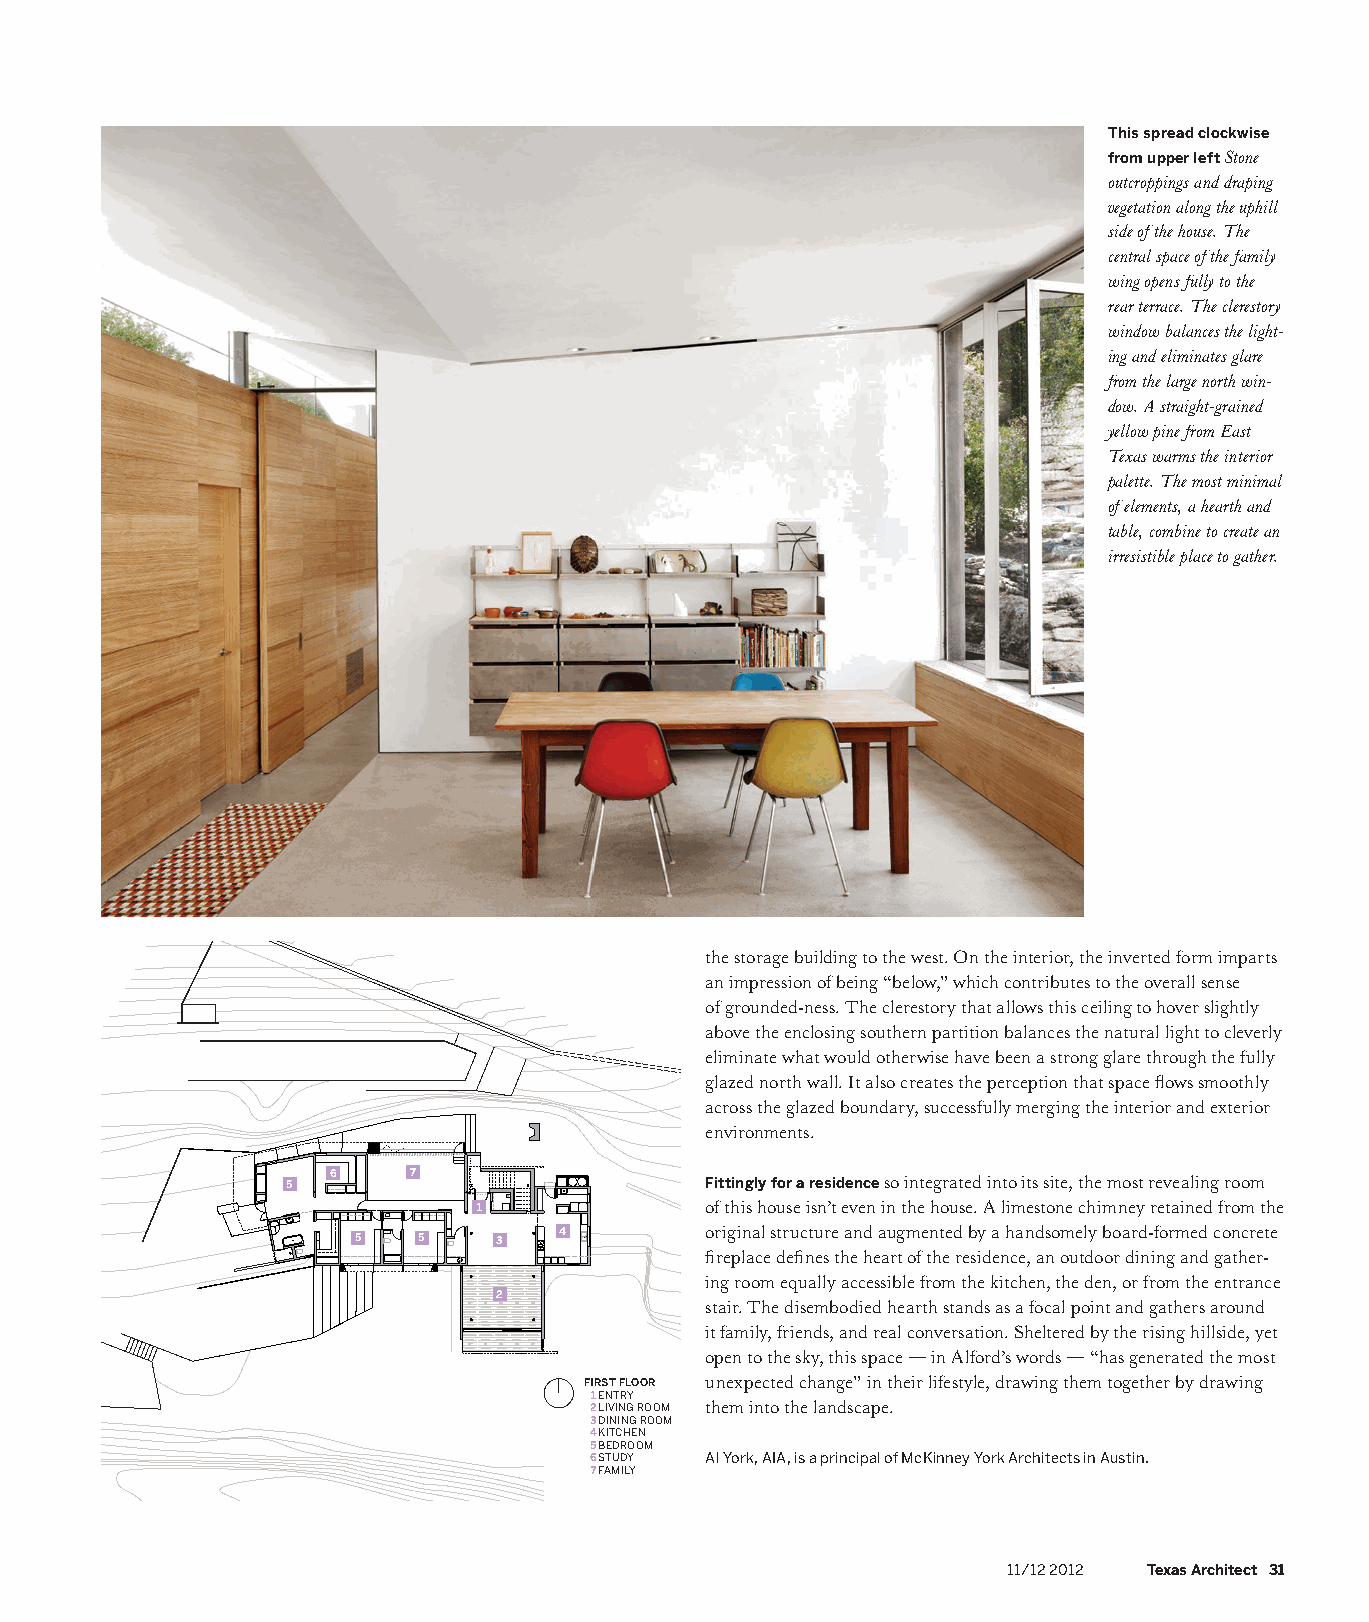
This spread clockwise
 from upper left Stone
 outcroppings and draping
 vegetation along the uphill
 side of the house. The
 central space of the family
 wing opens fully to the
 rear terrace. The clerestory
 window balances the light-
 ing and eliminates glare
 from the large north win-
 dow. A straight-grained
 yellow pine from East
 Texas warms the interior
 palette. The most minimal
 of elements, a hearth and
 table, combine to create an
 irresistible place to gather.
 the storage building to the west. On the interior, the inverted form imparts
 an impression of being “below,” which contributes to the overall sense
 of grounded-ness. The clerestory that allows this ceiling to hover slightly
 above the enclosing southern partition balances the natural light to cleverly
 eliminate what would otherwise have been a strong glare through the fully
 glazed north wall. It also creates the perception that space flows smoothly
 across the glazed boundary, successfully merging the interior and exterior
 environments.
 5  6    7                   Fittingly for a residence so integrated into its site, the most revealing room
 1              of this house isn’t even in the house. A limestone chimney retained from the
 4         original structure and augmented by a handsomely board-formed concrete
 5    5    3
 fireplace defines the heart of the residence, an outdoor dining and gather-
 ing room equally accessible from the kitchen, the den, or from the entrance
 2
 stair. The disembodied hearth stands as a focal point and gathers around
 it family, friends, and real conversation. Sheltered by the rising hillside, yet
 open to the sky, this space — in Alford’s words — “has generated the most
 FIRST FLOOR unexpected change” in their lifestyle, drawing them together by drawing
 1 ENTRY
 2 LIVING ROOM them into the landscape.
 3 DINING ROOM
 4 KITCHEN
 5 BEDROOM
 6 STUDY Al York, AIA, is a principal of McKinney York Architects in Austin.
 7 FAMILY
 11/12 2012 Texas Architect 31